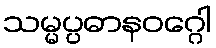
သမ္မပ္ပဓာနဝဂ္ဂေါ